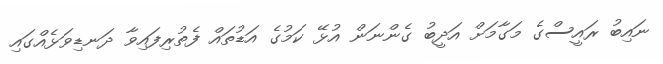
ނައިބު ރައީސްގެ މަގާމަށް އަދީބު ގެންނަން އުޅޭ ކަމުގެ އަޑުތައް ފެތުރިފައިވާ ދަނޑިވަޅެއްގައި